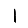
Digit: 1